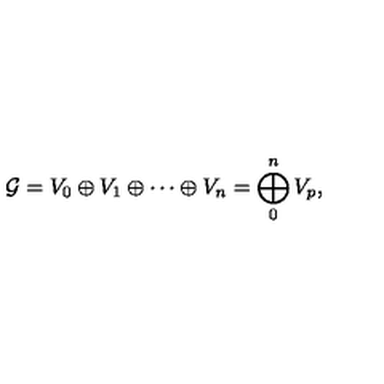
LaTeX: { \mathcal G } = V _ { 0 } \oplus V _ { 1 } \oplus \cdots \oplus V _ { n } = \bigoplus _ { 0 } ^ { n } V _ { p } ,